system: You are a helpful assistant.
user:
Analyze the provided spectrum to determine if it is a **"Cataclysmic Variables (CV)"**.

- **Key Indicators for CV (Check for either state):**
    - **State 1: Quiescent / Low-State (Emission-Dominated)**
        - **(Primary):** Strong and *very broad* Hydrogen Balmer emission lines (e.g., $H\alpha$ at 6563 Å, $H\beta$ at 4861 Å). The 'broadness' (high velocity dispersion, often FWHM > 1000 km/s) is the key diagnostic, indicating a high-velocity accretion disk.
        - **(Secondary):** Broad neutral Helium (He I) emission lines (e.g., 5876 Å, 6678 Å).
        - **(Key Confirmation):** Presence of high-excitation *ionized* Helium (He II) emission at 4686 Å. This is a strong indicator of accretion onto a white dwarf.
        - **(Line Profile):** Emission lines may exhibit a 'double-peaked' profile, which is a classic signature of a rotating accretion disk viewed at high inclination.

    - **State 2: Outburst / High-State (Absorption-Dominated)**
        - **(Primary):** Spectrum is dominated by a bright, blue continuum (looks like a hot star).
        - **(Secondary):** The emission lines from State 1 are weak, absent, or 'filled in', and are replaced by broad, shallow *absorption* lines (primarily Balmer and He I).
        - **(Morphology):** The overall spectrum mimics a hot B/A-type star. The crucial difference is that the absorption lines are significantly broader, shallower, and more 'washed-out' (or 'smeared') than the sharp lines of a normal stellar photosphere, due to high rotational speeds and pressure broadening in the disk.

Think first, call **spectral_visualization_tool** if needed to examine features in detail, then provide your final answer. Your response must adhere to the following strict rules:
1.  **Overall Structure:** Your response must follow the format `<think>...</think> <tool_call>...</tool_call> (if a tool is used) <answer>...</answer>`.
2.  **Tool Usage Constraint:** You may only make **one** tool call per turn.
3.  **Final Answer Format:** In the `<answer>` tag, your conclusion must be inside a `\boxed{}` command (e.g., `\boxed{YES}`), followed by your justification.

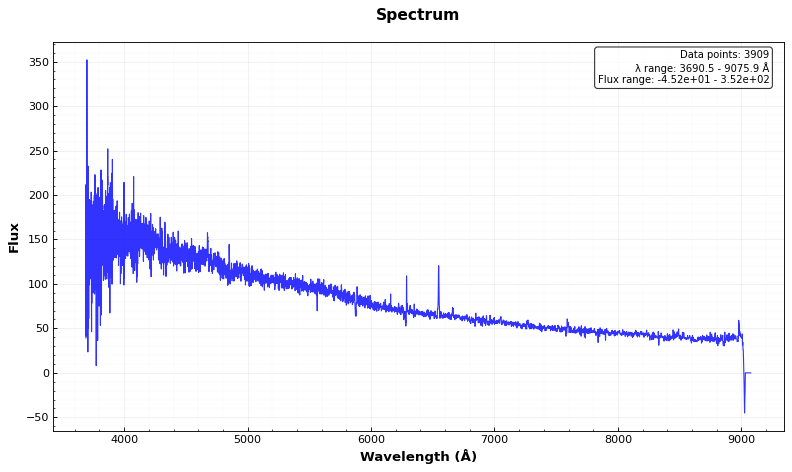
Answer: YES